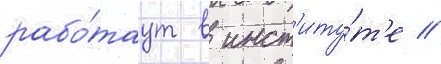
рабо́таут в инст'иту́т'е //